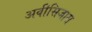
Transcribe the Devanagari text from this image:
अवीसिजास